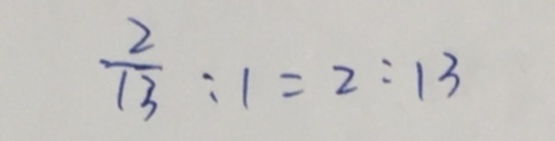
\frac { 2 } { 1 3 } : 1 = 2 : 1 3